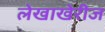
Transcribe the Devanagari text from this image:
लेखाखेरीज